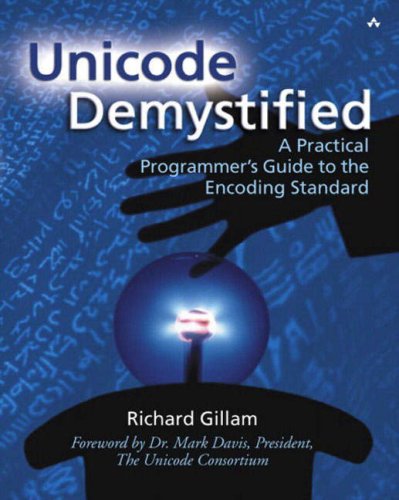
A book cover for Unicode Demystified: A Practical Programmer's Guide to the Encoding Standard; Richard Gillam; Computers & Technology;